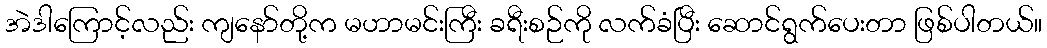
အဲဒါကြောင့်လည်း ကျနော်တို့က မဟာမင်းကြီး ခရီးစဉ်ကို လက်ခံပြီး ဆောင်ရွက်ပေးတာ ဖြစ်ပါတယ်။